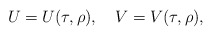
\begin{align*}U = U(\tau,\rho),\quad V = V(\tau,\rho),\end{align*}